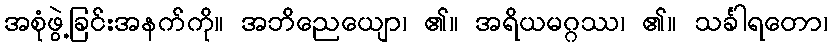
အစုံဖွဲ့ခြင်းအနက်ကို။ အဘိညေယျော၊ ၏။ အရိယမဂ္ဂဿ၊ ၏။ သင်္ခါရတော၊